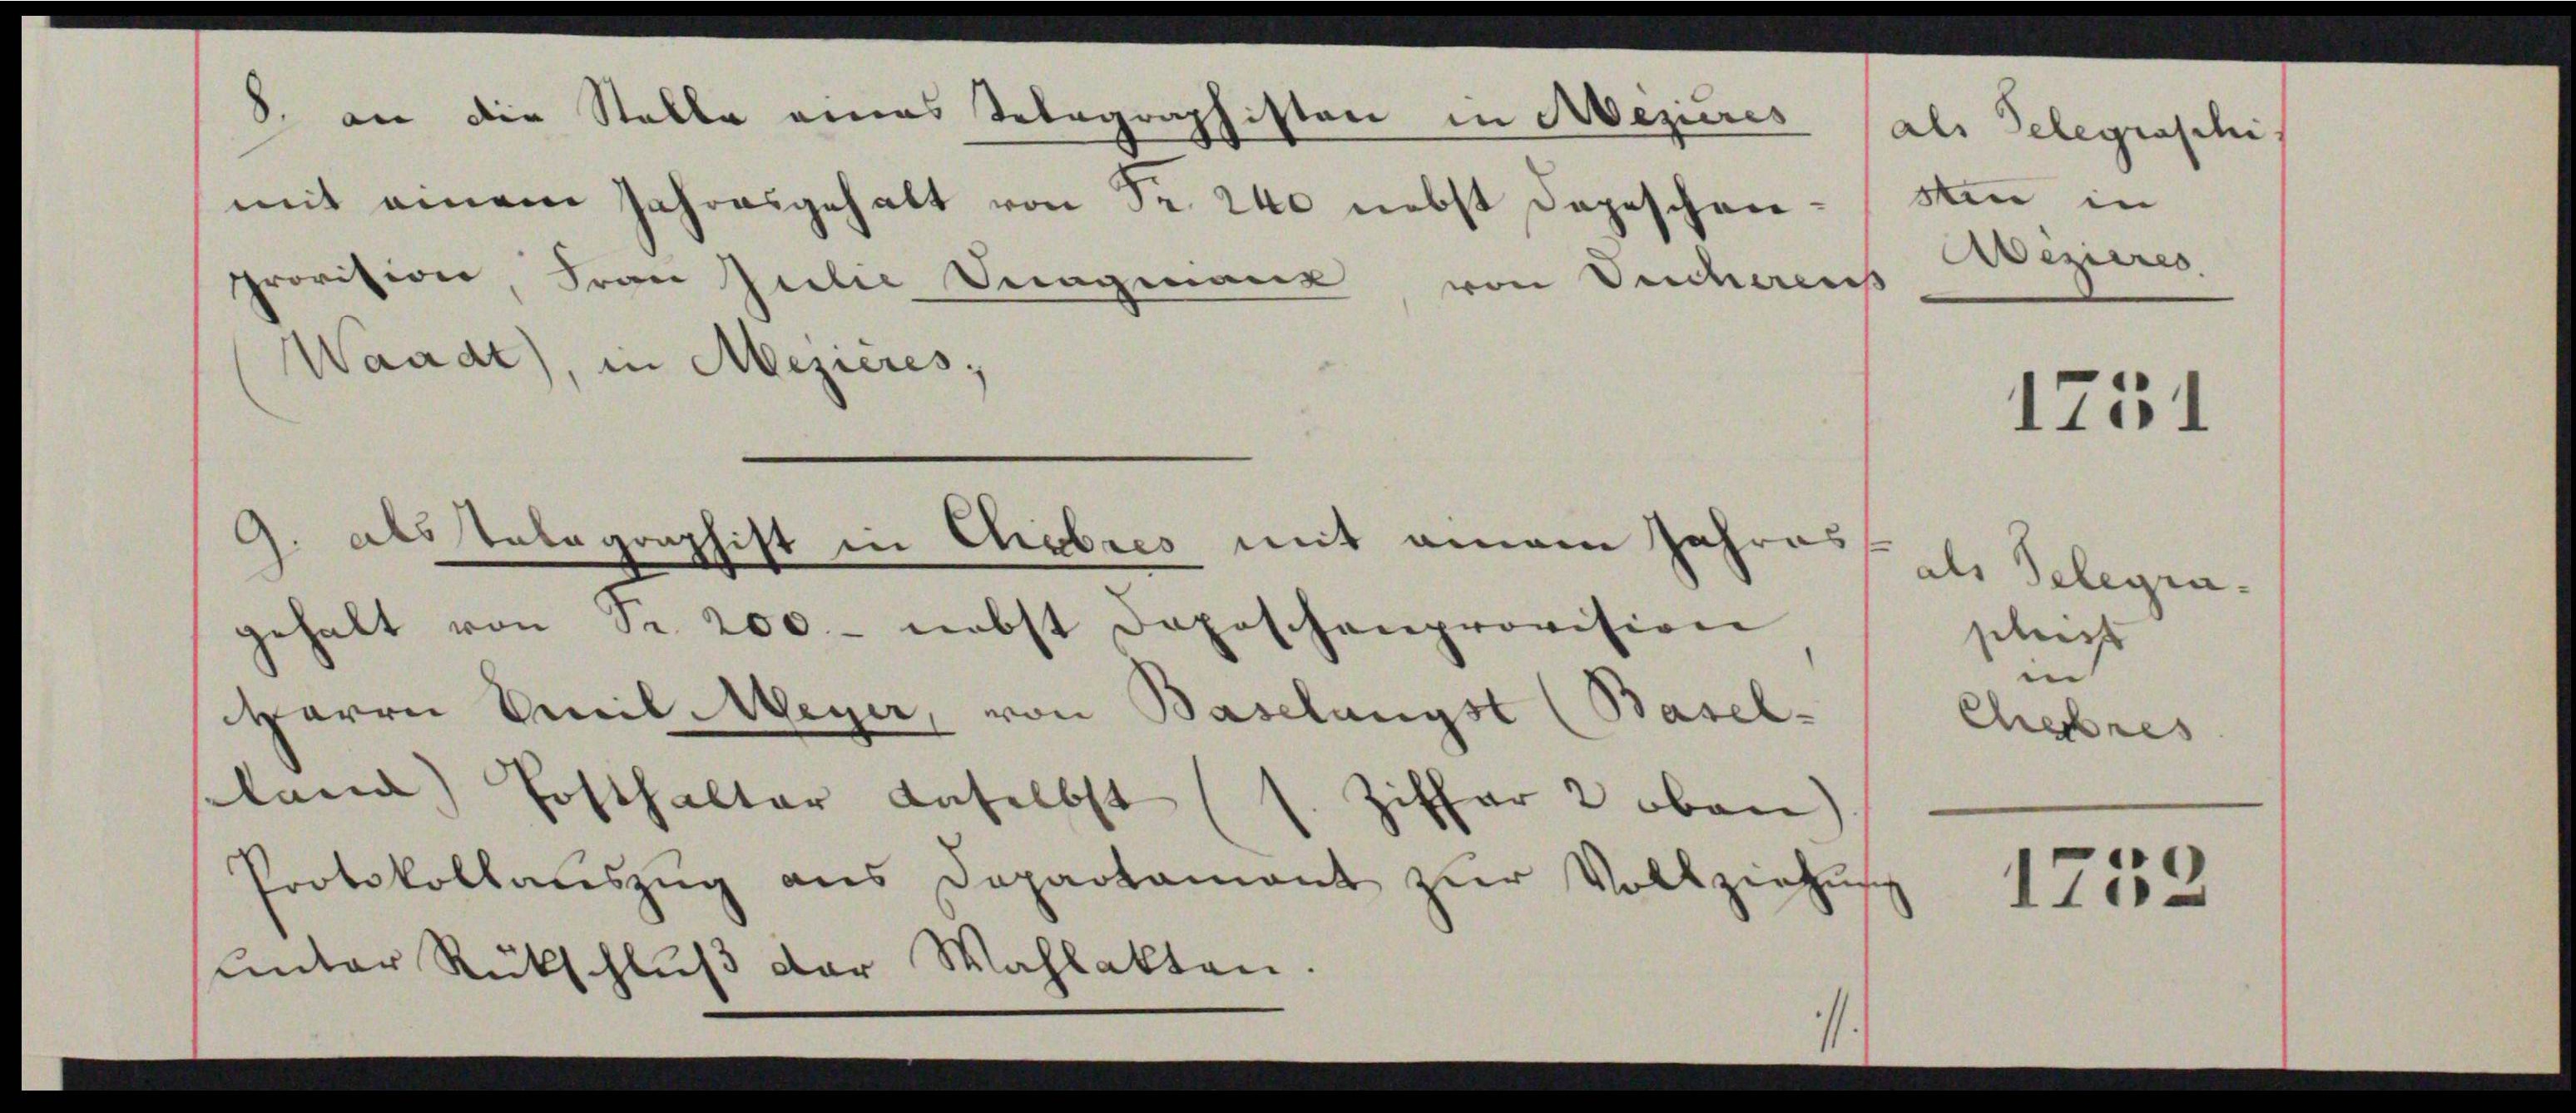
8. an die Stelle eines Telegraphisten in Aezieres (als Telegraschi
mit einem Jahresgehalt von Fr. 240 nebst Depeschen-stin in
Provision, Frau Julie Dingmann von Oucherensizieres.
Waadt), in Mezières;
1251
9. als Telegraphist in Ehebres mit einem Jahres als Telegen¬

Herrn Emil-Meyer, von Baselangst (Basel-
sland) Posthalter daselbst (s. Ziffer 2 oben)
Protokollaŭszŭg ans Departament zŭr Vollziehŭng
unter Rückschluß der Wahlakten.

gehalt von Sr. 200.- nebst doposchenprovision

schieß
in
Cheres

1753